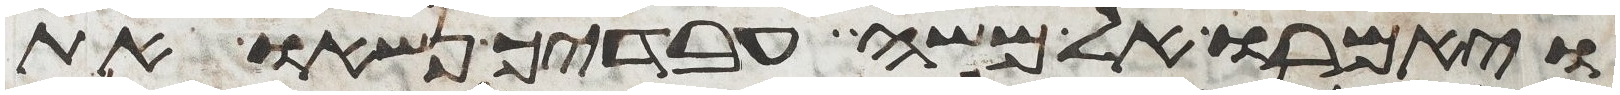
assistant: ויאמרו אל משה עבדיך נשאו את